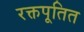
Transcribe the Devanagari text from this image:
रक्तपूतित